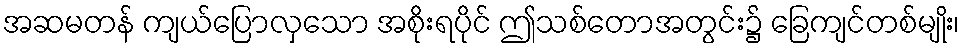
အဆမတန် ကျယ်ပြောလှသော အစိုးရပိုင် ဤသစ်တောအတွင်း၌ ခြေကျင်တစ်မျိုး၊